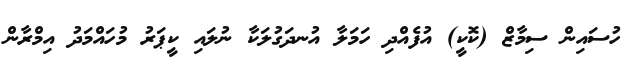
ހުސައިން ސިމާޒް (ކޮކީ) އުފެއްދި ހަމަލާ އުނދަގުލަކާ ނުލައި ކީޕަރު މުހައްމަދު އިމްރާން